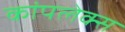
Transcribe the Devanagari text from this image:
कांपलेक्स